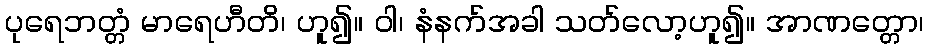
ပုရေဘတ္တံ မာရေဟီတိ၊ ဟူ၍။ ဝါ၊ နံနက်အခါ သတ်လော့ဟူ၍။ အာဏတ္တော၊